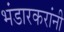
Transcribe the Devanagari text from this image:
भंडारकरांनी